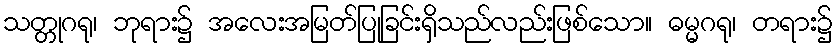
သတ္တုဂရု၊ ဘုရား၌ အလေးအမြတ်ပြုခြင်းရှိသည်လည်းဖြစ်သော။ ဓမ္မဂရု၊ တရား၌